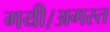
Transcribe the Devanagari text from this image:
गयी।अगस्त